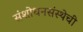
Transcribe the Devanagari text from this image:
संशोधनसंस्थेची